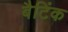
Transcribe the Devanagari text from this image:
बैटिंक